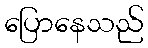
ပြောနေသည်